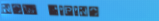
Now Hiring